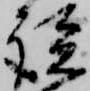
談